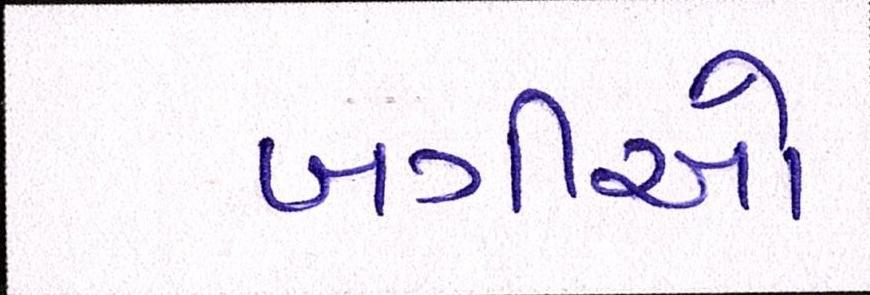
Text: બગીઓ